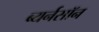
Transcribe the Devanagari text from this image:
ब्यर्नसॉन